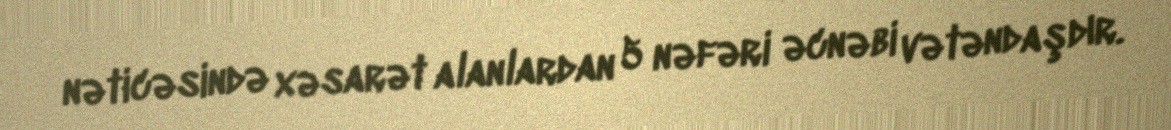
nəticəsində xəsarət alanlardan 5 nəfəri əcnəbi vətəndaşdır.